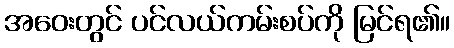
အဝေးတွင် ပင်လယ်ကမ်းစပ်ကို မြင်ရ၏။